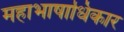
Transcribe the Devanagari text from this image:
महाभाषाधिकार